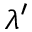
\lambda ^ { \prime }